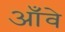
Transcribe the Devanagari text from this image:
आँवे